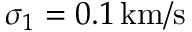
\sigma _ { 1 } = 0 . 1 \, \mathrm { k m / s }